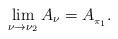
LaTeX: \begin{align*}\lim_{\nu\to\nu_{2}}A_{\nu}=A_{_{\pi_{1}}}.\end{align*}